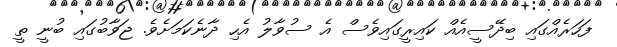
ފަހަރެއްގައި ބިދޭސީއެއް ކައިރީގައިވެސް އެ ސުވާލު އެހި ދާނެކަމަށެވެ. ޖަވާބުގައި ބުނީ ތީ